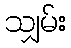
သျှမ်း